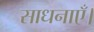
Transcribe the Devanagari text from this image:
साधनाएँ।